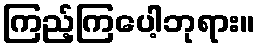
ကြည့်ကြပေါ့ဘုရား။